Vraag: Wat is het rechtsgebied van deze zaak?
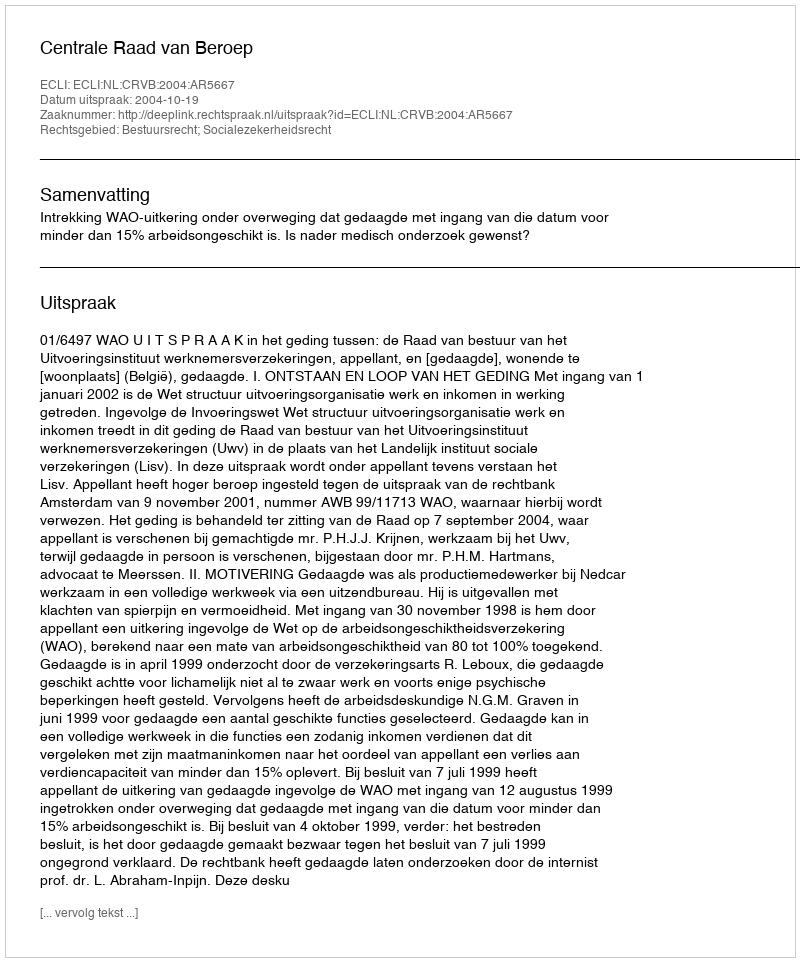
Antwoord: Bestuursrecht; Socialezekerheidsrecht